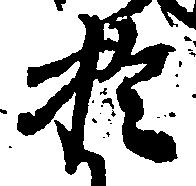
於